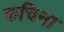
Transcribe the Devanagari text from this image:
कचिना